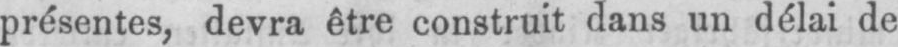
présentes, devra être construit dans un délai de